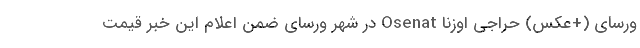
ورسای (+عکس) حراجی اوزنا Osenat در شهر ورسای ضمن اعلام این خبر قیمت